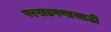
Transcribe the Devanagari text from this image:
परखडपणासाठी